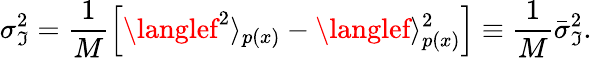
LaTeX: \sigma_{\mathfrak{I}}^{2}=\frac{{1}}{{M}}\left[\langlef^{2}\rangle_{p(x)}-\langlef\rangle_{p(x)}^{2}\right]\equiv\frac{{1}}{{M}}\bar{{\sigma}}_{\mathfrak{I}}^{2}.